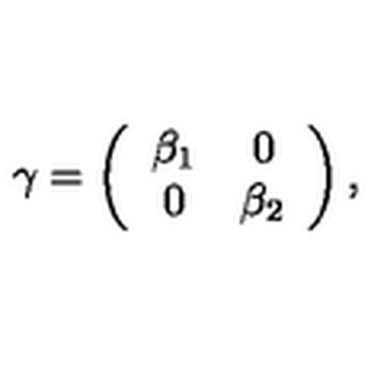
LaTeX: \gamma = \left( \begin{array} { c c } { \beta _ { 1 } } & { 0 } \\ { 0 } & { \beta _ { 2 } } \\ \end{array} \right) ,